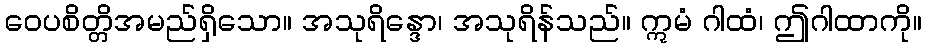
ဝေပစိတ္တိအမည်ရှိသော။ အသုရိန္ဒော၊ အသုရိန်သည်။ ဣမံ ဂါထံ၊ ဤဂါထာကို။